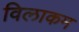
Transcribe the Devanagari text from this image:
विलाकम